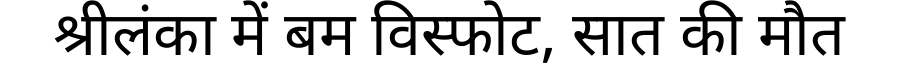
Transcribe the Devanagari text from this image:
श्रीलंका में बम विस्फोट, सात की मौत